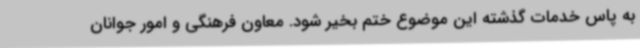
به پاس خدمات گذشته این موضوع ختم بخیر شود. معاون فرهنگی و امور جوانان